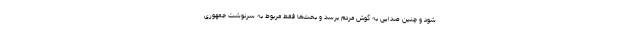
شود و چنین صدایی به گوش مردم برسد و بحث‌ها فقط مربوط به سرنوشت جمهوری